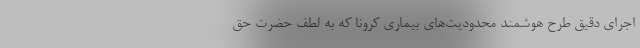
اجرای دقیق طرح هوشمند محدودیت­‌های بیماری کرونا که به لطف حضرت حق